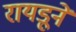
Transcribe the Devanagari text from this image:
रायडूने